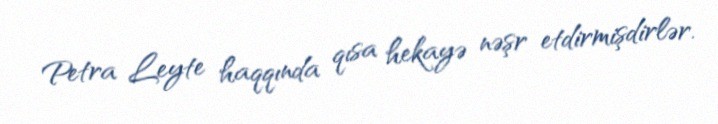
Petra Leyte haqqında qısa hekayə nəşr etdirmişdirlər.